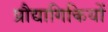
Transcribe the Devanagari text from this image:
प्रौद्यागिकियों